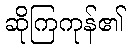
ဆိုကြကုန်၏